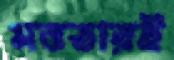
মত্ততারই